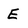
Character: E